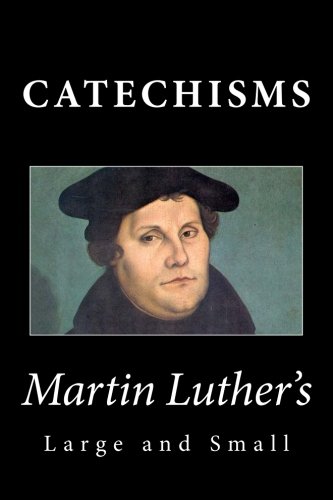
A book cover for Martin Luther's Large & Small Catechisms; Martin Luther; Christian Books & Bibles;